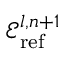
\mathscr { E } _ { \mathrm { r e f } } ^ { l , n + 1 }